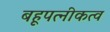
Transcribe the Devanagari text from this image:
बहूपत्नीकत्व